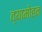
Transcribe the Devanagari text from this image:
व्यामोहन